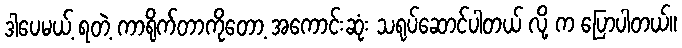
ဒါပေမယ့် ရတဲ့ ကာရိုက်တာကိုတော့ အကောင်းဆုံး သရုပ်ဆောင်ပါတယ် လို့ က ပြောပါတယ်။